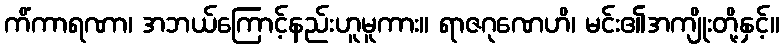
ကိံကာရဏာ၊ အဘယ်ကြောင့်နည်းဟူမူကား။ ရာဇဂုဏေဟိ၊ မင်း၏အကျိုးတို့နှင့်။